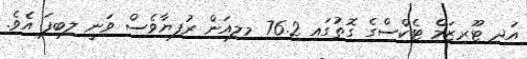
އަދި ޓޫރިޒަމް ޓެކްސްގެ ގޮތުގައި 76.2 މިލިއަން ރުފިޔާވެސް ވަނީ ލިބިފަ އެވެ.